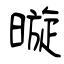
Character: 暶